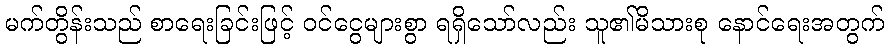
မက်တွိန်းသည် စာရေးခြင်းဖြင့် ဝင်ငွေများစွာ ရရှိသော်လည်း သူ၏မိသားစု နောင်ရေးအတွက်